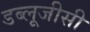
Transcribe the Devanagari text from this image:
डब्लूजीसी